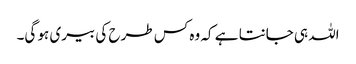
اللہ ہی جانتا ہے کہ وہ کس طرح کی بیری ہو گی۔